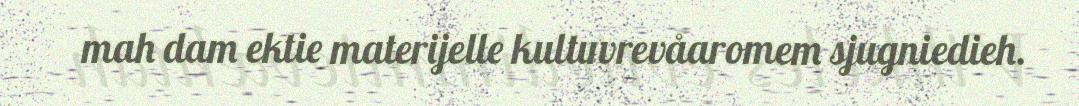
mah dam ektie materijelle kultuvrevåaromem sjugniedieh.